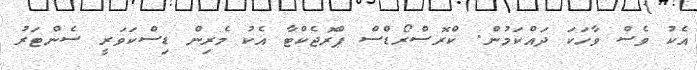
އެކު ވެސް ވާހަކަ ދައްކަމުން. ކްރޮސްރޯޑްސް ޕްރޮޖެކްޓާ އެކު މެރިން ޑިސްކަވަރީ ސެންޓަރު